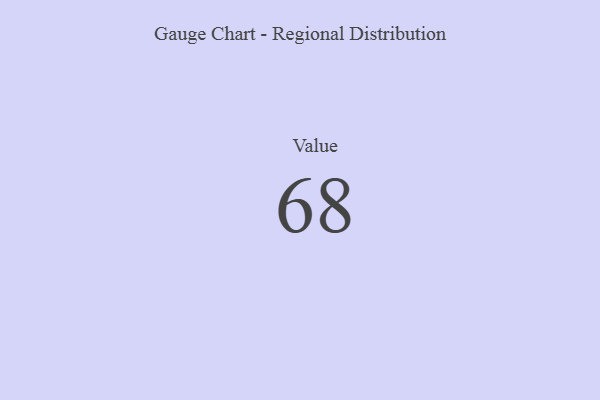
{"axis": {"x": "Metric", "y": "Value"}, "legend": [""], "data": [{"x": "Value", "y": 68, "type": ""}]}